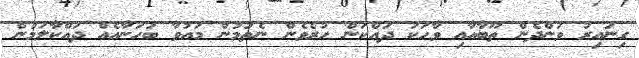
ގިނައިރު ވަންދެން ތޫބާއާއި ވާހަކަ ދައްކަން ހުރެވެން ނެތުމުން މައުވާ ބަހަނާއެއް ދައްކާލަމުން